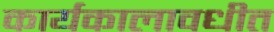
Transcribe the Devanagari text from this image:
कार्यकालावधीत